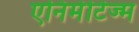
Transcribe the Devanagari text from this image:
एनिमेटिज्म